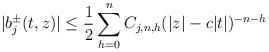
LaTeX: \begin{align*} | b ^ \pm _ j ( t , z ) | \le \frac 1 2 \sum _ { h = 0 } ^ n C _ { j , n , h } ( | z | - c | t | ) ^ { - n - h }\end{align*}